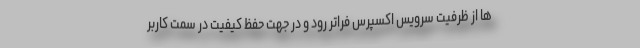
ها از ظرفیت سرویس اکسپرس فراتر رود و در جهت حفظ کیفیت در سمت کاربر